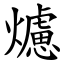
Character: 爈